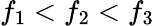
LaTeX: f_{1}<f_{2}<f_{3}